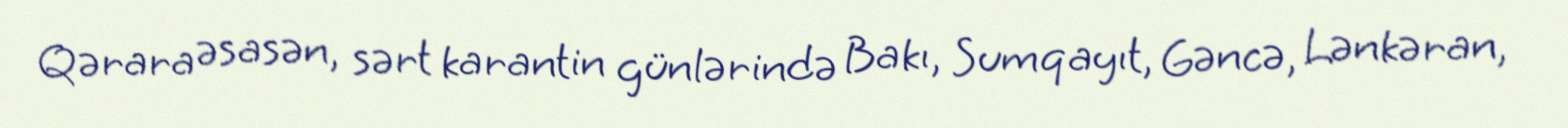
Qərara əsasən, sərt karantin günlərində Bakı, Sumqayıt, Gəncə, Lənkəran,